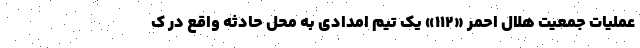
عملیات جمعیت هلال احمر «١١٢» یک تیم امدادی به محل حادثه واقع در ک